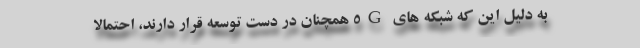
به دلیل این که شبکه های 5G همچنان در دست توسعه قرار دارند، احتمالا